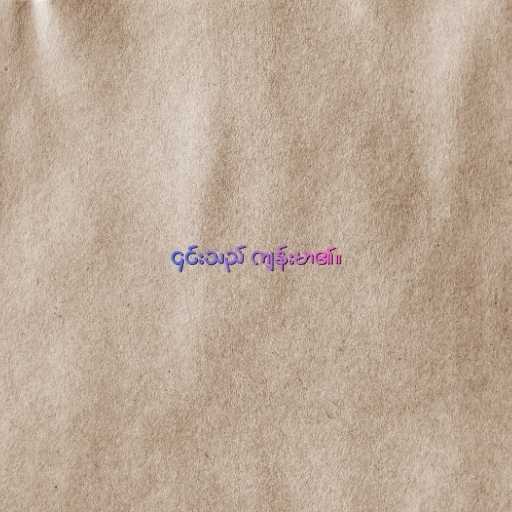
၎င်းသည် ကျန်းမာ၏။